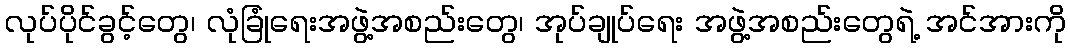
လုပ်ပိုင်ခွင့်တွေ၊ လုံခြုံရေးအဖွဲ့အစည်းတွေ၊ အုပ်ချုပ်ရေး အဖွဲ့အစည်းတွေရဲ့ အင်အားကို